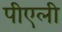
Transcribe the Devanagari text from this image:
पीएली